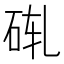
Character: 𬒄